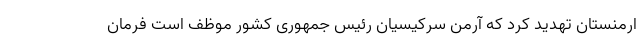
ارمنستان تهدید کرد که آرمن سرکیسیان رئیس جمهوری کشور موظف است فرمان